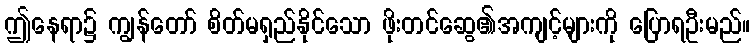
ဤနေရာ၌ ကျွန်တော် စိတ်မရှည်နိုင်သော ဖိုးတင်ဆွေ၏အကျင့်များကို ပြောရဦးမည်။